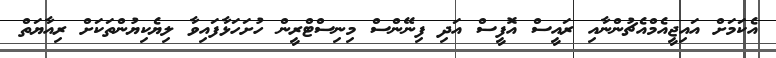
އެކަމަށް އައިޖީއެމްއެޗުންނާއި ރައީސް އޮފީސް އަދި ފިނޭންސް މިނިސްޓްރީން ހުށަހަޅާފައިވާ ލިޔެކިޔުންތަކަށް ރިއާޔަތް